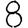
Digit: 8